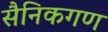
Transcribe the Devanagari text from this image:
सैनिकगण